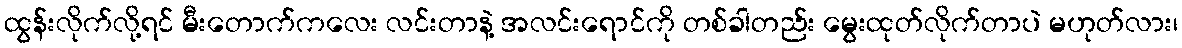
ထွန်းလိုက်လို့ရင် မီးတောက်ကလေး လင်းတာနဲ့ အလင်းရောင်ကို တစ်ခါတည်း မွေးထုတ်လိုက်တာပဲ မဟုတ်လား၊